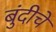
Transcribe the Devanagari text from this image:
बुंदीचे